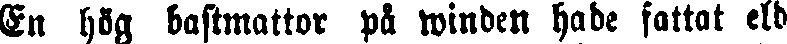
En hög bastmattor på winden hade fattat eld